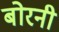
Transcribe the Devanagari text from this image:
बोरनी